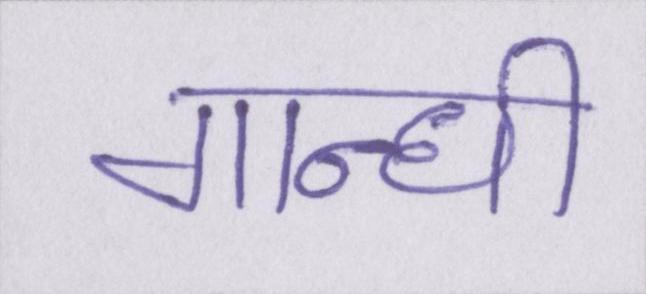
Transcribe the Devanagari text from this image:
गान्धी